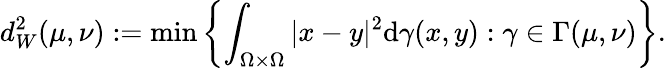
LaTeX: d_{W}^{2}(\mu,\nu):=\operatorname*{min}\left\{ \int_{\Omega\times\Omega}|x-y|^{2}\mathrm{d}\gamma(x,y):\gamma\in\Gamma(\mu,\nu)\right\} .